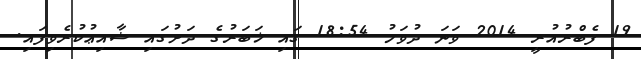
19 ފެބްރުއުރީ 2014 ވަނަ ދުވަހު 18:54 ގައި ޚަބަރުގެ ދަށުގައި ޝާއިޢުކުރެވިފައި.